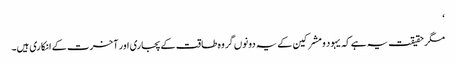
‘
مگر حقیقت یہ ہے کہ یہود و مشرکین کے یہ دونوں گروہ طاقت کے پجاری اور آخرت کے انکاری ہیں۔